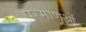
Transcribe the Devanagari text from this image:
परमाणओं